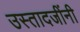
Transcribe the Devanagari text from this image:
उस्तादजींनी